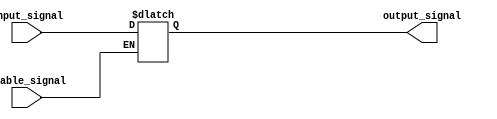
module Buffer_with_enable(
    input wire input_signal,
    input wire enable_signal,
    output reg output_signal
);

always @ (input_signal, enable_signal) begin
    if (enable_signal) begin
        output_signal <= input_signal;
    end
end

endmodule